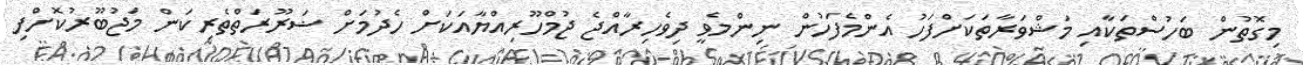
މިގޮތުން ބަހުސްތަކާއި މަޝްވަރާތަކަށްފަހު އެންމެފަހުން ނިންމެވީ ދިވެހިރާއްޖެ ޖުމްހޫރިއްޔާއަކަށް ހެދުމަށް ޟަރޫރަތްތެރިކަން މަޖުބޫރުކޮށްފި